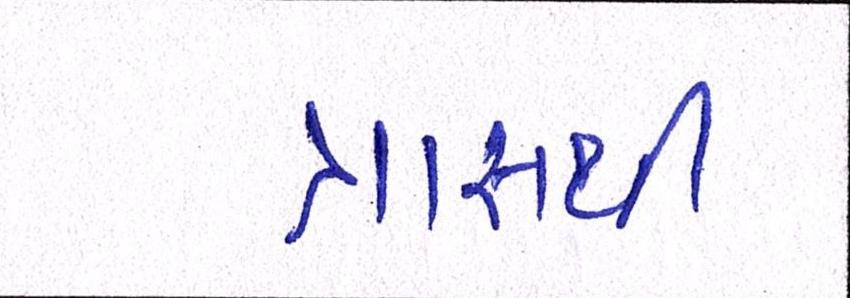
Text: ત્રાસથી